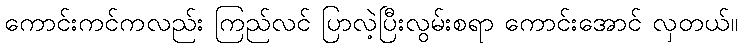
ကောင်းကင်ကလည်း ကြည်လင် ပြာလဲ့ပြီးလွမ်းစရာ ကောင်းအောင် လှတယ်။